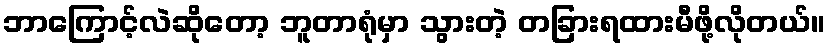
ဘာကြောင့်လဲဆိုတော့ ဘူတာရုံမှာ သွားတဲ့ တခြားရထားမီဖို့လိုတယ်။